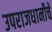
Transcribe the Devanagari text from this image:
उपराजधानीचे